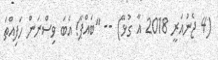
(4 ޖެނުއަރީ 2018 އާ ގުޅޭ) -- "ބައްޕާ! އެބަ ވިސްނަން ހަފިއްތަ